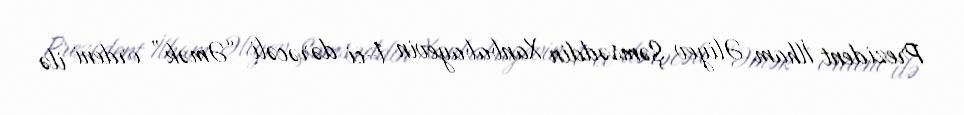
Prezident İlham Əliyev Şəmsəddin Xanbabayevin 1-ci dərəcəli “Əmək” ordeni ilə